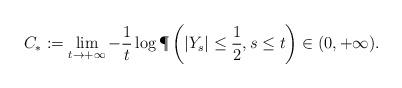
LaTeX: \begin{align*} C_* := \lim_{t \to +\infty} -\frac{1}{t} \log \P\left(|Y_s| \leq \frac{1}{2}, s \leq t\right) \in (0,+\infty).\end{align*}